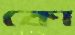
কো